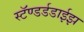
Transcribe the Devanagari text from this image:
स्टॅण्डर्डडाईझ